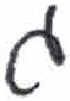
אות: ג